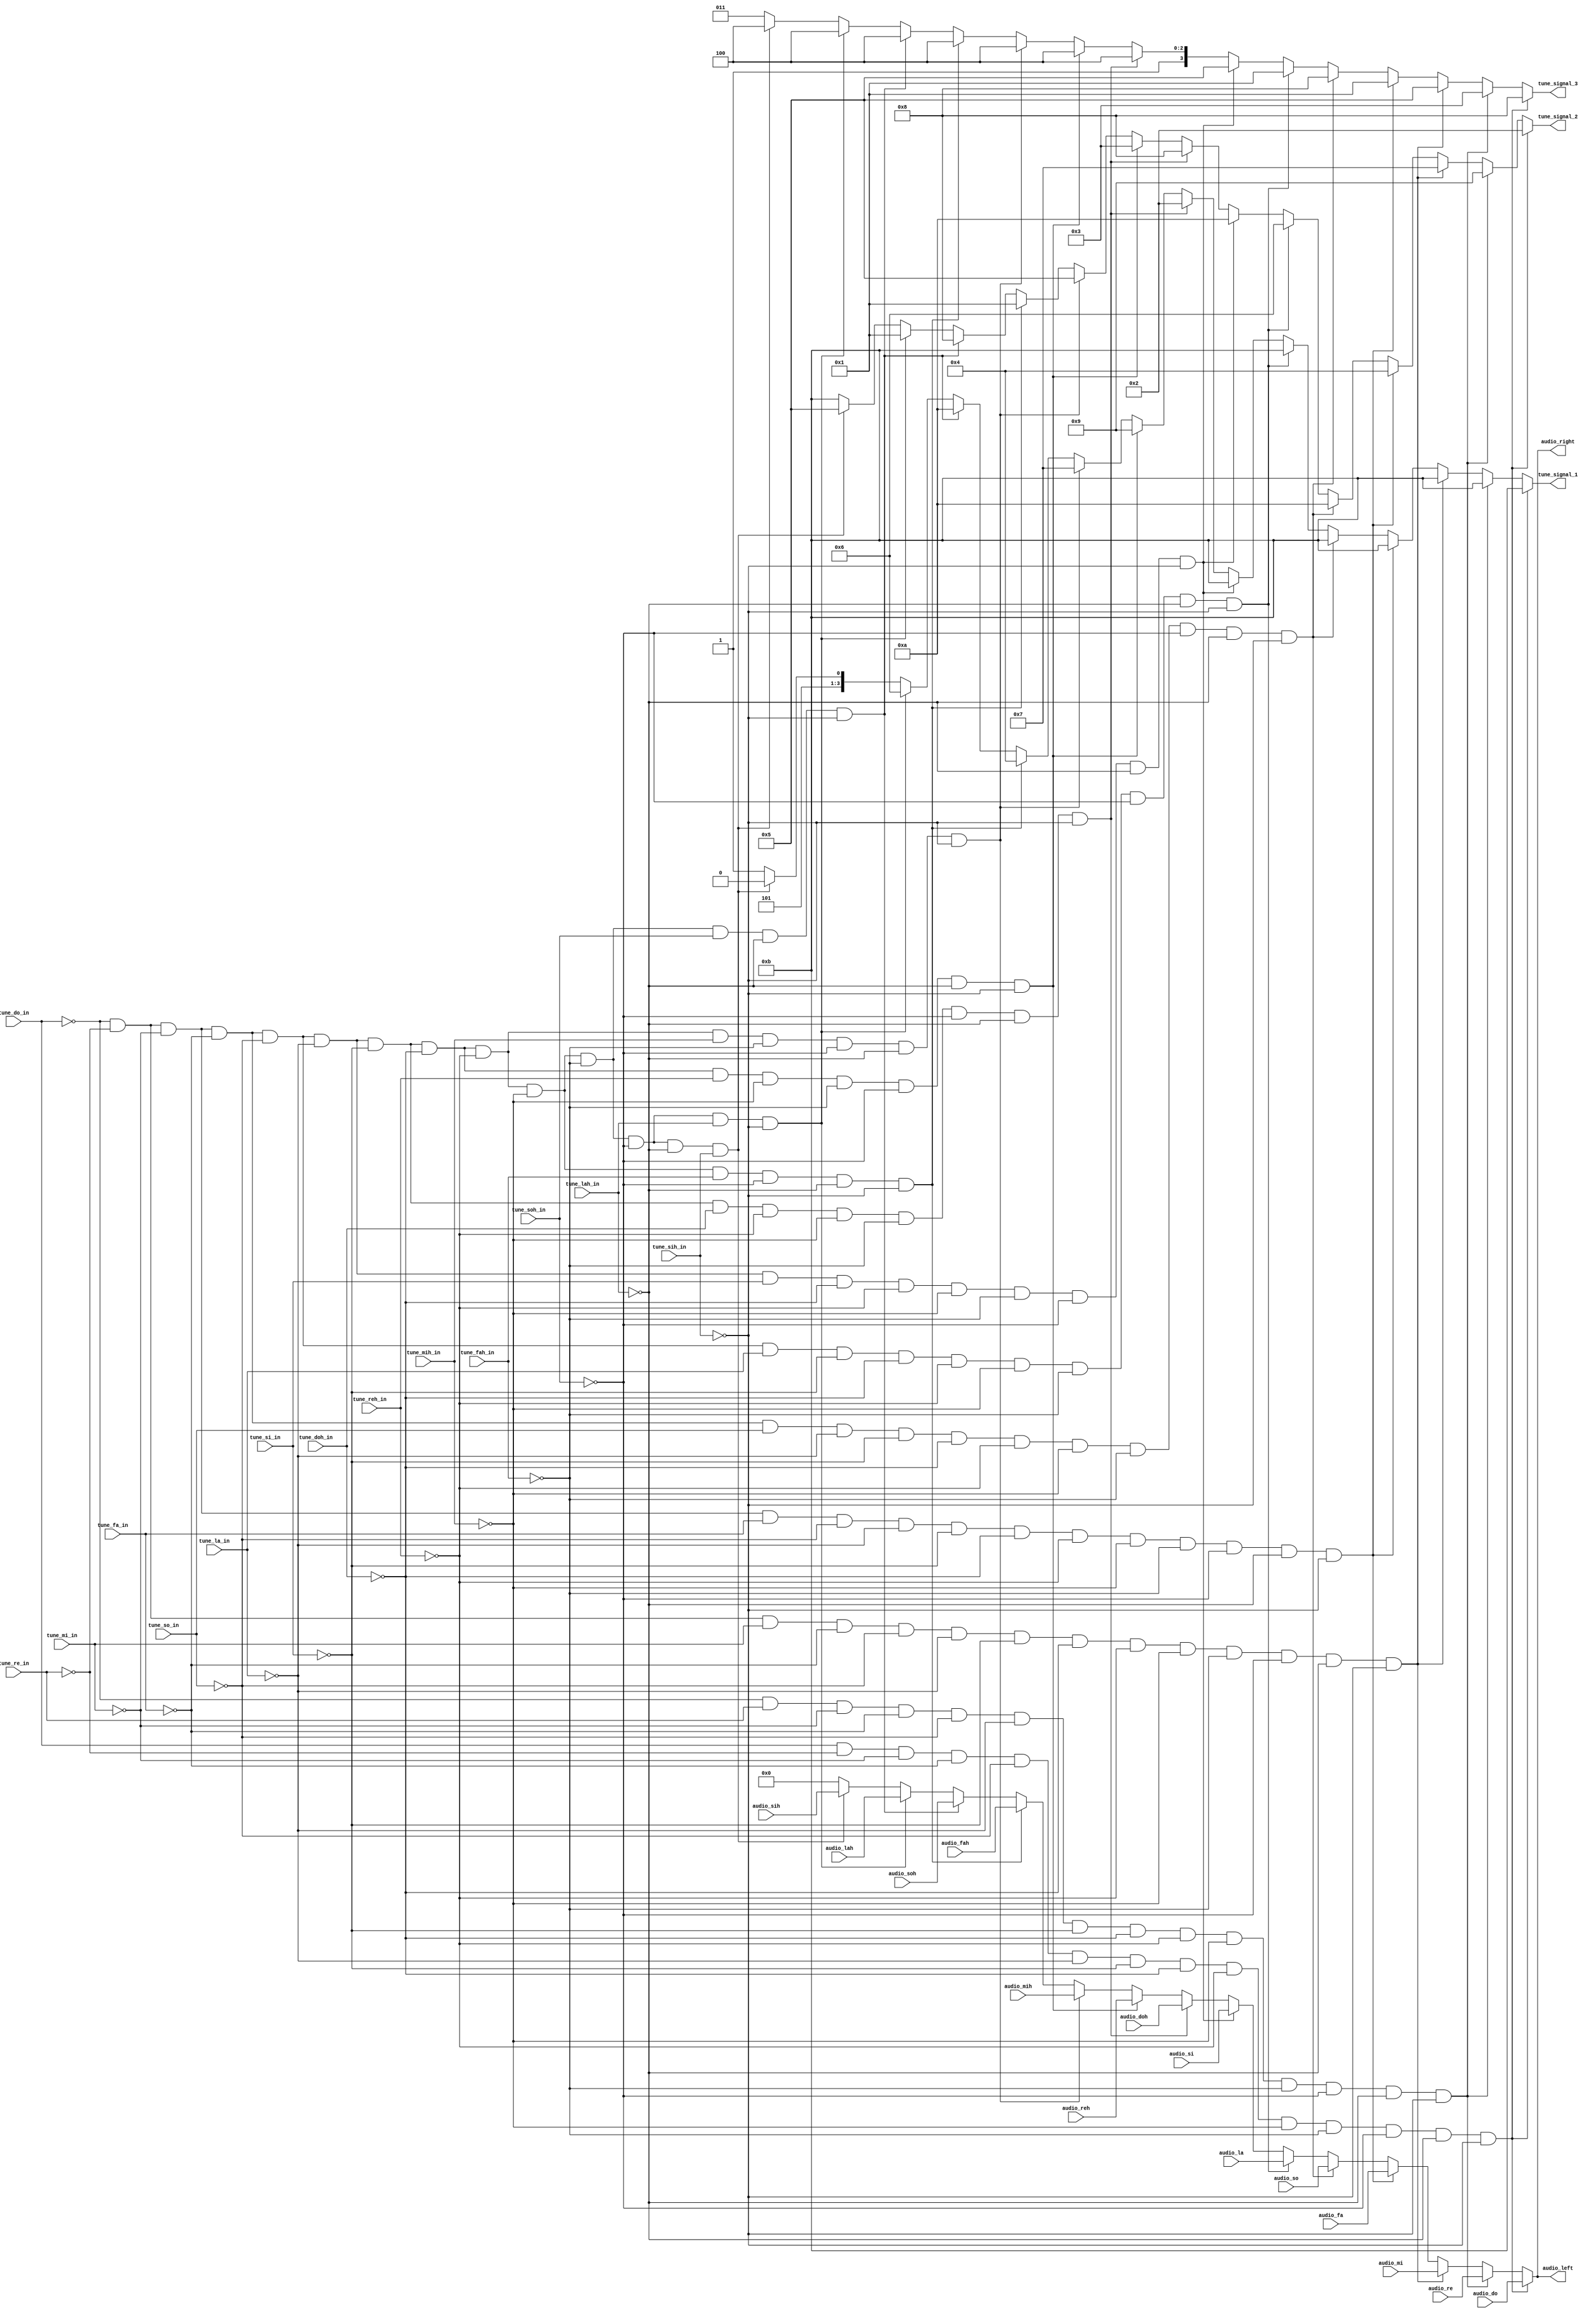
//a  D  e  F  i  L  M  o  R  S  '' h
//1  2  3  4  5  6  7  8  9  10 11 12
module tune_select(
    input [15:0] audio_do,
    input [15:0] audio_re,
    input [15:0] audio_mi,
    input [15:0] audio_fa,
    input [15:0] audio_so,
    input [15:0] audio_la,
    input [15:0] audio_si,
    input [15:0] audio_doh,
    input [15:0] audio_reh,
    input [15:0] audio_mih,
    input [15:0] audio_fah,
    input [15:0] audio_soh,
    input [15:0] audio_lah,
    input [15:0] audio_sih,
    input tune_do_in,
    input tune_re_in,
    input tune_mi_in,
    input tune_fa_in,
    input tune_so_in,
    input tune_la_in,
    input tune_si_in,
    input tune_doh_in,
    input tune_reh_in,
    input tune_mih_in,
    input tune_fah_in,
    input tune_soh_in,
    input tune_lah_in,
    input tune_sih_in,
    output reg [15:0] audio_left,
    output reg [15:0] audio_right,
    output reg [3:0] tune_signal_1,
    output reg [3:0] tune_signal_2,
    output reg [3:0] tune_signal_3
);
    
always @*
    if (tune_do_in && ~tune_re_in && ~tune_mi_in && ~tune_fa_in && ~tune_so_in && ~tune_la_in && ~tune_si_in && ~tune_doh_in && ~tune_reh_in && ~tune_mih_in && ~tune_fah_in && ~tune_soh_in && ~tune_lah_in && ~tune_sih_in) begin
        audio_left = audio_do;
        audio_right = audio_do;
        tune_signal_1 = 4'd11;
        tune_signal_2 = 4'd2;
        tune_signal_3 = 4'd8;
    end
    else if (~tune_do_in && tune_re_in && ~tune_mi_in && ~tune_fa_in && ~tune_so_in && ~tune_la_in && ~tune_si_in && ~tune_doh_in && ~tune_reh_in && ~tune_mih_in && ~tune_fah_in && ~tune_soh_in && ~tune_lah_in && ~tune_sih_in) begin
        audio_left = audio_re;
        audio_right = audio_re;
        tune_signal_1 = 4'd11;
        tune_signal_2 = 4'd9;
        tune_signal_3 = 4'd3;
    end
    else if (~tune_do_in && ~tune_re_in && tune_mi_in && ~tune_fa_in && ~tune_so_in && ~tune_la_in && ~tune_si_in && ~tune_doh_in && ~tune_reh_in && ~tune_mih_in && ~tune_fah_in && ~tune_soh_in && ~tune_lah_in && ~tune_sih_in) begin
        audio_left = audio_mi;
        audio_right = audio_mi;
        tune_signal_1 = 4'd11;
        tune_signal_2 = 4'd7;
        tune_signal_3 = 4'd5;
    end
    else if (~tune_do_in && ~tune_re_in && ~tune_mi_in && tune_fa_in && ~tune_so_in && ~tune_la_in && ~tune_si_in && ~tune_doh_in && ~tune_reh_in && ~tune_mih_in && ~tune_fah_in && ~tune_soh_in && ~tune_lah_in && ~tune_sih_in) begin
        audio_left = audio_fa;
        audio_right = audio_fa;
        tune_signal_1 = 4'd11;
        tune_signal_2 = 4'd4;
        tune_signal_3 = 4'd1;
    end
    else if (~tune_do_in && ~tune_re_in && ~tune_mi_in && ~tune_fa_in && tune_so_in && ~tune_la_in && ~tune_si_in && ~tune_doh_in && ~tune_reh_in && ~tune_mih_in && ~tune_fah_in && ~tune_soh_in && ~tune_lah_in && ~tune_sih_in) begin
        audio_left = audio_so;
        audio_right = audio_so;
        tune_signal_1 = 4'd11;
        tune_signal_2 = 4'd10;
        tune_signal_3 = 4'd8;
    end
    else if (~tune_do_in && ~tune_re_in && ~tune_mi_in && ~tune_fa_in && ~tune_so_in && tune_la_in && ~tune_si_in && ~tune_doh_in && ~tune_reh_in && ~tune_mih_in && ~tune_fah_in && ~tune_soh_in && ~tune_lah_in && ~tune_sih_in) begin
        audio_left = audio_la;
        audio_right = audio_la;
        tune_signal_1 = 4'd11;
        tune_signal_2 = 4'd6;
        tune_signal_3 = 4'd1;
    end
    else if (~tune_do_in && ~tune_re_in && ~tune_mi_in && ~tune_fa_in && ~tune_so_in && ~tune_la_in && tune_si_in && ~tune_doh_in && ~tune_reh_in && ~tune_mih_in && ~tune_fah_in && ~tune_soh_in && ~tune_lah_in && ~tune_sih_in) begin
        audio_left = audio_si;
        audio_right = audio_si;
        tune_signal_1 = 4'd11;
        tune_signal_2 = 4'd10;
        tune_signal_3 = 4'd5;
    end
    else if (~tune_do_in && ~tune_re_in && ~tune_mi_in && ~tune_fa_in && ~tune_so_in && ~tune_la_in && ~tune_si_in && tune_doh_in && ~tune_reh_in && ~tune_mih_in && ~tune_fah_in && ~tune_soh_in && ~tune_lah_in && ~tune_sih_in) begin
        audio_left = audio_doh;
        audio_right = audio_doh;
        tune_signal_1 = 4'd2;
        tune_signal_2 = 4'd8;
        tune_signal_3 = 4'd12;
    end
    else if (~tune_do_in && ~tune_re_in && ~tune_mi_in && ~tune_fa_in && ~tune_so_in && ~tune_la_in && ~tune_si_in && ~tune_doh_in && tune_reh_in && ~tune_mih_in && ~tune_fah_in && ~tune_soh_in && ~tune_lah_in && ~tune_sih_in) begin
        audio_left = audio_reh;
        audio_right = audio_reh;
        tune_signal_1 = 4'd9;
        tune_signal_2 = 4'd3;
        tune_signal_3 = 4'd12;
    end
    else if (~tune_do_in && ~tune_re_in && ~tune_mi_in && ~tune_fa_in && ~tune_so_in && ~tune_la_in && ~tune_si_in && ~tune_doh_in && ~tune_reh_in && tune_mih_in && ~tune_fah_in && ~tune_soh_in && ~tune_lah_in && ~tune_sih_in) begin
        audio_left = audio_mih;
        audio_right = audio_mih;
        tune_signal_1 = 4'd7;
        tune_signal_2 = 4'd5;
        tune_signal_3 = 4'd12;
    end
    else if (~tune_do_in && ~tune_re_in && ~tune_mi_in && ~tune_fa_in && ~tune_so_in && ~tune_la_in && ~tune_si_in && ~tune_doh_in && ~tune_reh_in && ~tune_mih_in && tune_fah_in && ~tune_soh_in && ~tune_lah_in && ~tune_sih_in) begin
        audio_left = audio_fah;
        audio_right = audio_fah;
        tune_signal_1 = 4'd4;
        tune_signal_2 = 4'd1;
        tune_signal_3 = 4'd12;
    end
    else if (~tune_do_in && ~tune_re_in && ~tune_mi_in && ~tune_fa_in && ~tune_so_in && ~tune_la_in && ~tune_si_in && ~tune_doh_in && ~tune_reh_in && ~tune_mih_in && ~tune_fah_in && tune_soh_in && ~tune_lah_in && ~tune_sih_in) begin
        audio_left = audio_soh;
        audio_right = audio_soh;
        tune_signal_1 = 4'd10;
        tune_signal_2 = 4'd8;
        tune_signal_3 = 4'd12;
    end
    else if (~tune_do_in && ~tune_re_in && ~tune_mi_in && ~tune_fa_in && ~tune_so_in && ~tune_la_in && ~tune_si_in && ~tune_doh_in && ~tune_reh_in && ~tune_mih_in && ~tune_fah_in && ~tune_soh_in && tune_lah_in && ~tune_sih_in) begin
        audio_left = audio_lah;
        audio_right = audio_lah;
        tune_signal_1 = 4'd6;
        tune_signal_2 = 4'd1;
        tune_signal_3 = 4'd12;
    end
    else if (~tune_do_in && ~tune_re_in && ~tune_mi_in && ~tune_fa_in && ~tune_so_in && ~tune_la_in && ~tune_si_in && ~tune_doh_in && ~tune_reh_in && ~tune_mih_in && ~tune_fah_in && ~tune_soh_in && ~tune_lah_in && tune_sih_in) begin
        audio_left = audio_sih;
        audio_right = audio_sih;
        tune_signal_1 = 4'd10;
        tune_signal_2 = 4'd5;
        tune_signal_3 = 4'd12;
    end
    else begin
        audio_left = 16'd0;
        audio_right = 16'd0;
        tune_signal_1 = 4'd11;
        tune_signal_2 = 4'd11;
        tune_signal_3 = 4'd11;
    end

endmodule